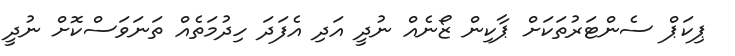
ޕިކަޕް ސެންޓަރުތަކަށް ޕާކިން ޒޯނެއް ނުދީ އަދި އެފަދަ ހިދުމަތެއް ތަނަވަސްކޮށް ނުދީ